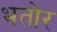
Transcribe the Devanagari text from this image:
भतोर